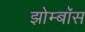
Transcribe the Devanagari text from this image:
झोम्बॉस